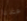
عندنا